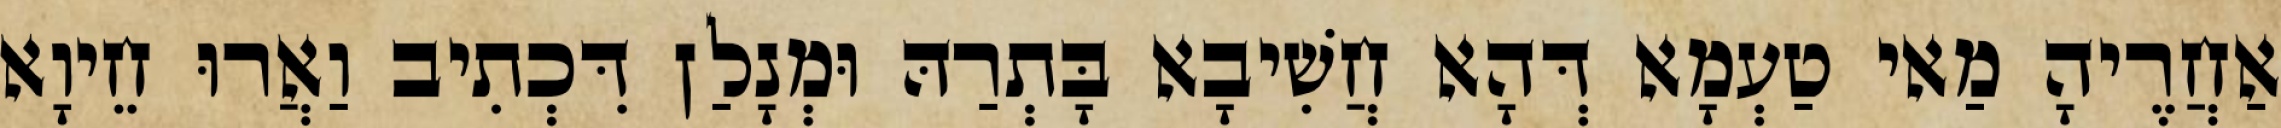
אַחֲרֶיהָ מַאי טַעְמָא דְּהָא חֲשִׁיבָא בָּתְרַהּ וּמְנָלַן דִּכְתִיב וַאֲרוּ חֵיוָא